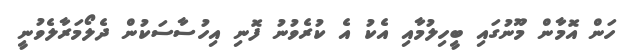
ހަން އޮމާން މޫނުގައި ބީހިލުމާއި އެކު އެ ކުރެވުނު ފޮނި އިހުސާސަކުން ދެލޯމަރާލެވުނީ